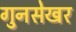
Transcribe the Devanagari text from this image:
गुनसेखर